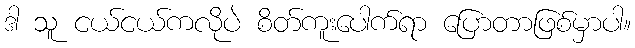
ဒါ သူ ငယ်ငယ်ကလိုပဲ စိတ်ကူးပေါက်ရာ ပြောတာဖြစ်မှာပါ။